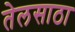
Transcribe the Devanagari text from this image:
तेलसाठा